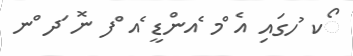
ޯކ ުހގައި އެ ްމ ެއންޑީ ެއ ްފ ނޮ ަދ ްނ